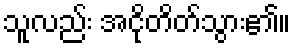
သူလည်း အငိုတိတ်သွား၏။